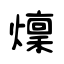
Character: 燣